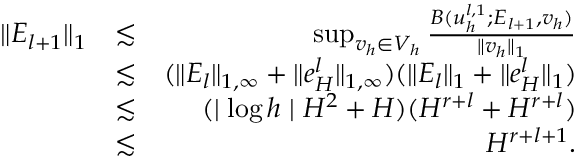
\begin{array} { r l r } { \| E _ { l + 1 } \| _ { 1 } } & { \lesssim } & { \operatorname* { s u p } _ { v _ { h } \in V _ { h } } \frac { B ( u _ { h } ^ { l , 1 } ; E _ { l + 1 } , v _ { h } ) } { \| v _ { h } \| _ { 1 } } } \\ & { \lesssim } & { ( \| E _ { l } \| _ { 1 , \infty } + \| e _ { H } ^ { l } \| _ { 1 , \infty } ) ( \| E _ { l } \| _ { 1 } + \| e _ { H } ^ { l } \| _ { 1 } ) } \\ & { \lesssim } & { ( \mid \log h \mid H ^ { 2 } + H ) ( H ^ { r + l } + H ^ { r + l } ) } \\ & { \lesssim } & { H ^ { r + l + 1 } . } \end{array}